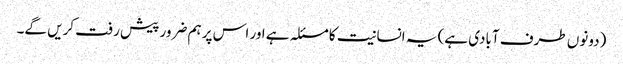
(دونوں طرف آبادی ہے) یہ انسانیت کا مسئلہ ہے اور اس پر ہم ضرور پیش رفت کریں گے۔